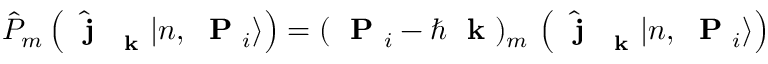
\hat { P } _ { m } \left( \hat { \mathrm { ~ \bf ~ j ~ } } _ { \mathrm { ~ \bf ~ k ~ } } | n , \mathrm { ~ \bf ~ P ~ } _ { i } \rangle \right) = ( \mathrm { ~ \bf ~ P ~ } _ { i } - \hbar \mathrm { ~ \bf ~ k ~ } ) _ { m } \, \left( \hat { \mathrm { ~ \bf ~ j ~ } } _ { \mathrm { ~ \bf ~ k ~ } } | n , \mathrm { ~ \bf ~ P ~ } _ { i } \rangle \right)